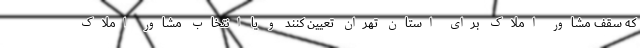
که سقف مشاور املاک برای استان تهران تعیین کنند و یا انتخاب مشاور املاک